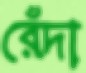
রেঁদা